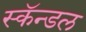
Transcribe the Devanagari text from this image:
स्कॅन्डल